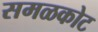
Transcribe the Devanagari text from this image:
समळकोट